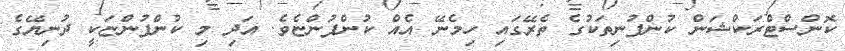
ކޮންސްޓްރަކްޝަން ކުންފުނިތަކުގެ ތެރޭގައި ހިމެނޭ އެއް ކުންފުންޏެވެ. އަދި މި ކުންފުންޏަކީ ދުނިޔޭގެ